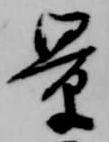
景